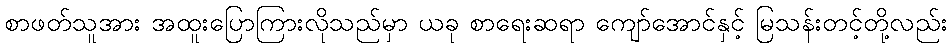
စာဖတ်သူအား အထူးပြောကြားလိုသည်မှာ ယခု စာရေးဆရာ ကျော်အောင်နှင့် မြသန်းတင့်တို့လည်း